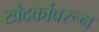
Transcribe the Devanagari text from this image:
खंदकांवरून